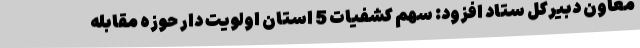
معاون دبیرکل ستاد افزود: سهم کشفیات 5 استان اولویت دار حوزه مقابله